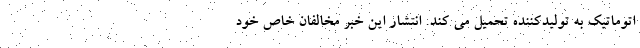
اتوماتیک به تولیدکننده تحمیل می کند. انتشار این خبر مخالفان خاص خود